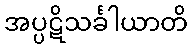
အပ္ပဋိသင်္ခါယာတိ